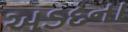
અડદના